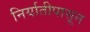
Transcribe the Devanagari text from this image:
निर्यातीपासून